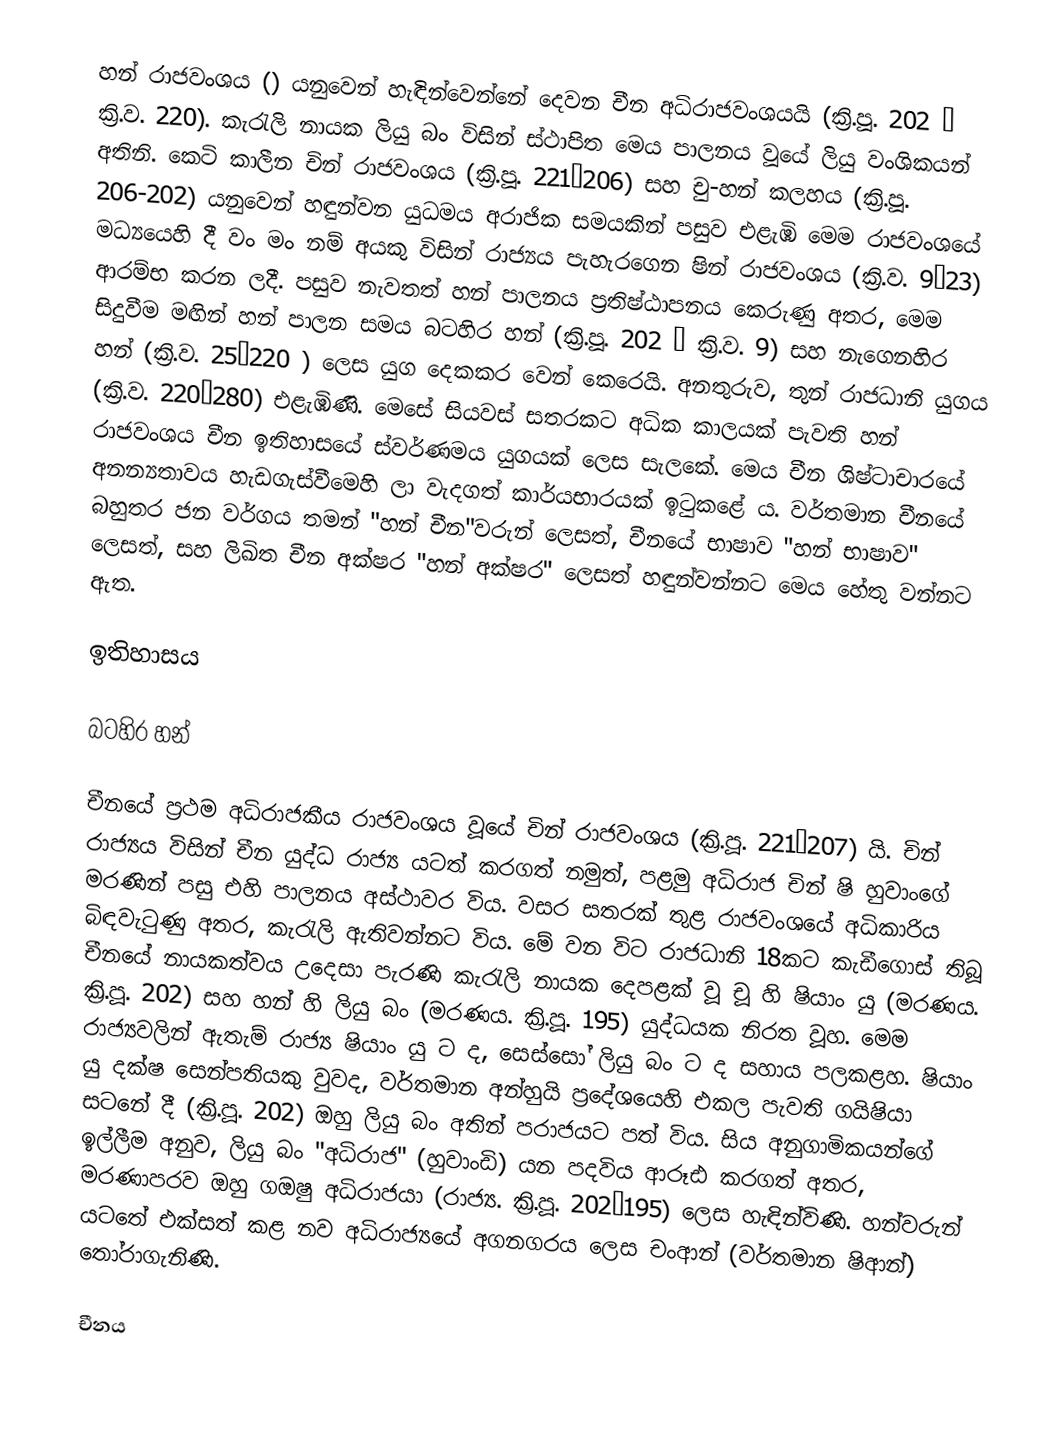
හන් ‍රාජවංශය () යනුවෙන් හැඳින්වෙන්නේ දෙවන චීන අධිරාජවංශයයි (ක්‍රි.පූ. 202 – ක්‍රි.ව. 220). කැරැලි නායක ලියු බං විසින් ස්ථාපිත මෙය පාලනය වූයේ ලියු වංශිකයන් අතිනි. කෙටි කාලීන චින් රාජවංශය (ක්‍රි.පූ. 221–206) සහ චු-හන් කලහය (ක්‍රි.පූ. 206-202) යනුවෙන් හඳුන්වන යුධමය අරාජික සමයකින් පසුව එළැඹි මෙම රාජවංශයේ මධ්‍යයෙහි දී වං මං නම් අයකු විසින් රාජ්‍යය පැහැරගෙන ෂින් රාජවංශය (ක්‍රි.ව. 9–23) ආරම්භ කරන ලදී. පසුව නැවතත් හන් පාලනය ප්‍රතිෂ්ඨාපනය කෙරුණු අතර, මෙම සිදුවීම මඟින් හන් පාලන සමය බටහිර හන් (ක්‍රි.පූ. 202 – ක්‍රි.ව. 9) සහ නැගෙනහිර හන් (ක්‍රි.ව. 25–220 ) ලෙස යුග දෙකකර වෙන් කෙරෙයි. අනතුරුව, තුන් ‍රාජධානි යුගය (ක්‍රි.ව. 220–280) එළැඹිණි. මෙසේ සියවස් සතරකට අධික කාලයක් පැවති හන් රාජවංශය චීන ඉතිහාසයේ ස්වර්ණමය ‍යුගයක් ලෙස සැලකේ. මෙය චීන ශිෂ්ටාචාරයේ අනන්‍යතාවය හැඩගැස්වීමෙහි ලා වැදගත් කාර්යභාරයක් ඉටුකළේ ය. වර්තමාන චීනයේ බහුතර ජන වර්ගය තමන් "හන් චීන"වරුන් ලෙසත්, චීනයේ භාෂාව "හන් භාෂාව" ලෙසත්, සහ ලිඛිත චීන අක්ෂර "හන් අක්ෂර" ලෙසත් හඳුන්වන්නට මෙය හේතු වන්නට ඇත.

ඉතිහාසය

බටහිර හන්

චීනයේ ප්‍රථම අධිරාජකීය රාජවංශය වූයේ චින් රාජවංශය (ක්‍රි.පූ. 221–207) යි. චින් රාජ්‍යය විසින් චීන යුද්ධ රාජ්‍ය යටත් කරගත් නමුත්, පළමු අධිරාජ චින් ෂි හුවාංගේ මරණින් පසු එහි පාලනය අස්ථාවර විය. වසර සතරක් තුළ රාජවංශයේ අධිකාරිය බිඳවැටුණු අතර, කැරැලි ඇතිවන්නට විය. මේ වන විට රාජධානි 18කට කැඩීගොස් තිබූ චීනයේ නායකත්වය උදෙසා පැරණි කැරැලි නායක දෙපළක් වූ චූ හි ෂියාං යු (මරණය. ක්‍රි.පූ. 202) සහ හන් හි ලියු බං (මරණය. ක්‍රි.පූ. 195) යුද්ධයක නිරත වූහ. මෙම රාජ්‍යවලින් ඇතැම් රාජ්‍ය ෂියාං යු ට ද, සෙස්සෝ ලියු බං ට ද සහාය පලකළහ. ෂියාං යු දක්ෂ සෙන්පතියකු වුවද, වර්තමාන අන්හුයි ප්‍රදේශයෙහි එකල පැවති ගයිෂියා සටනේ දී (ක්‍රි.පූ. 202)  ඔහු ලියු බං අතින් පරාජයට පත් විය. සිය අනුගාමිකයන්ගේ ඉල්ලීම අනුව, ලියු බං "අධිරාජ" (හුවාංඩි) යන පදවිය ආරූඪ කරගත් අතර, මරණාපරව ඔහු ගඔෂු අධිරාජයා (රාජ්‍ය. ක්‍රි.පූ. 202–195) ලෙස හැඳින්විණි. හන්වරුන් යටතේ එක්සත් කළ නව අධිරාජ්‍යයේ අගනගරය ලෙස චංආන් (වර්තමාන ෂිආන්) තෝරාගැනිණි.

චීනය